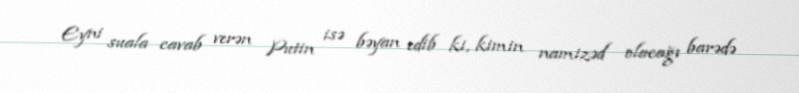
Eyni suala cavab verən Putin isə bəyan edib ki, kimin namizəd olacağı barədə